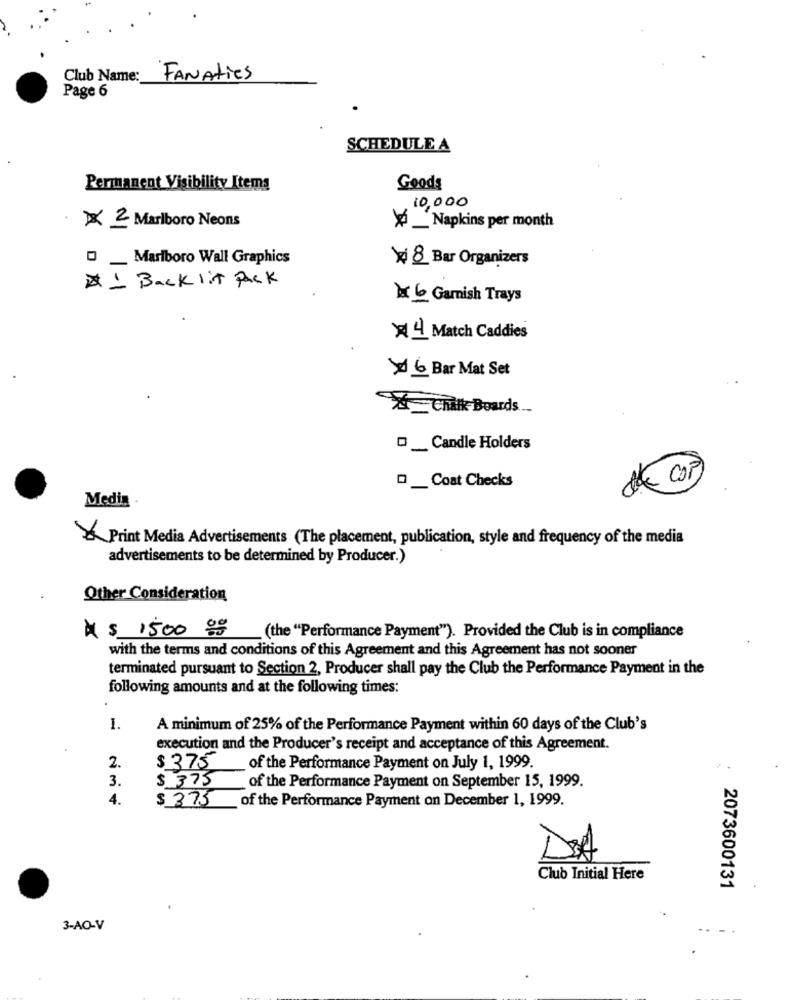
Club Name:
FANAtics
Page 6
SCHEDULE A
Permanent Visibility Items
Goods
10,000
× 2 Marlboro Neons
X _ Napkins per month
0 _ Marlboro Wall Graphics
xxi 8 Bar Organizers
DI Back lit Pack
1 6 Garnish Trays
>4 Match Caddies
6 Bar Mat Set
Chalk Boards ..
__ Candle Holders
D_ Coat Checks
COP
Medin
Print Media Advertisements (The placement, publication, style and frequency of the media
advertisements to be determined by Producer.)
Other Consideration
À $ 1500, 00
(the "Performance Payment"). Provided the Club is in compliance
with the terms and conditions of this Agreement and this Agreement has not sooner
terminated pursuant to Section 2, Producer shall pay the Club the Performance Payment in the
following amounts and at the following times:
1.
A minimum of 25% of the Performance Payment within 60 days of the Club's
execution and the Producer's receipt and acceptance of this Agreement.
2.
$ 375
of the Performance Payment on July 1, 1999.
3.
$ 375
of the Performance Payment on September 15, 1999.
4.
$ 375
of the Performance Payment on December 1, 1999.
DIA
Club Initial Here
2073600131
3-AO-V